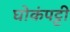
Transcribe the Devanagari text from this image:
घोकंपट्टी